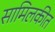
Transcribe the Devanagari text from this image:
सामिलकीत